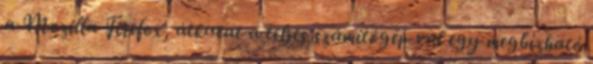
a Mozilla Firefox, átkutat a teljes számítógép-val egy megbízható